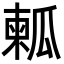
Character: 㼑